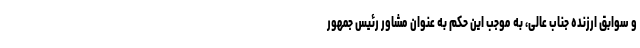
و سوابق ارزنده جناب عالی، به موجب این حکم به عنوان مشاور رئیس جمهور